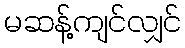
မဆန့်ကျင်လျှင်